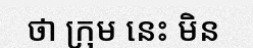
ថា ក្រុម នេះ មិន